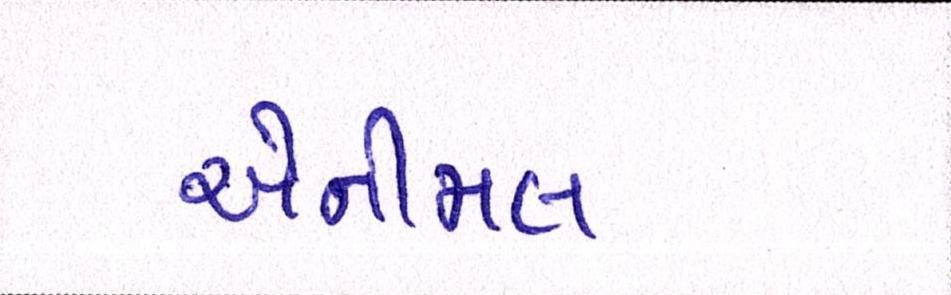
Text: એનીમલ